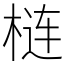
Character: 梿